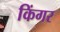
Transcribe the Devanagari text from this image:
किंगर